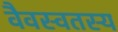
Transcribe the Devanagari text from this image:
वैवस्वतस्य